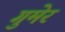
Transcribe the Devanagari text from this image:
गुमेर